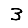
Digit: 3